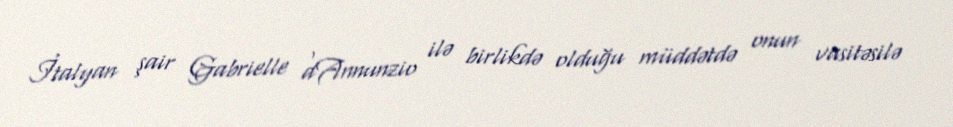
İtalyan şair Gabrielle dʹAnnunzio ilə birlikdə olduğu müddətdə onun vasitəsilə